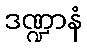
ဒဏ္ဍာနံ